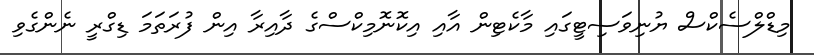
މިޑްލްސެކްސް ޔުނިވަސިޓީގައި މާކެޓިން އާއި އިކޮނޮމިކްސްގެ ދާއިރާ އިން ފުރަތަމަ ޑިގްރީ ނެންގެވި